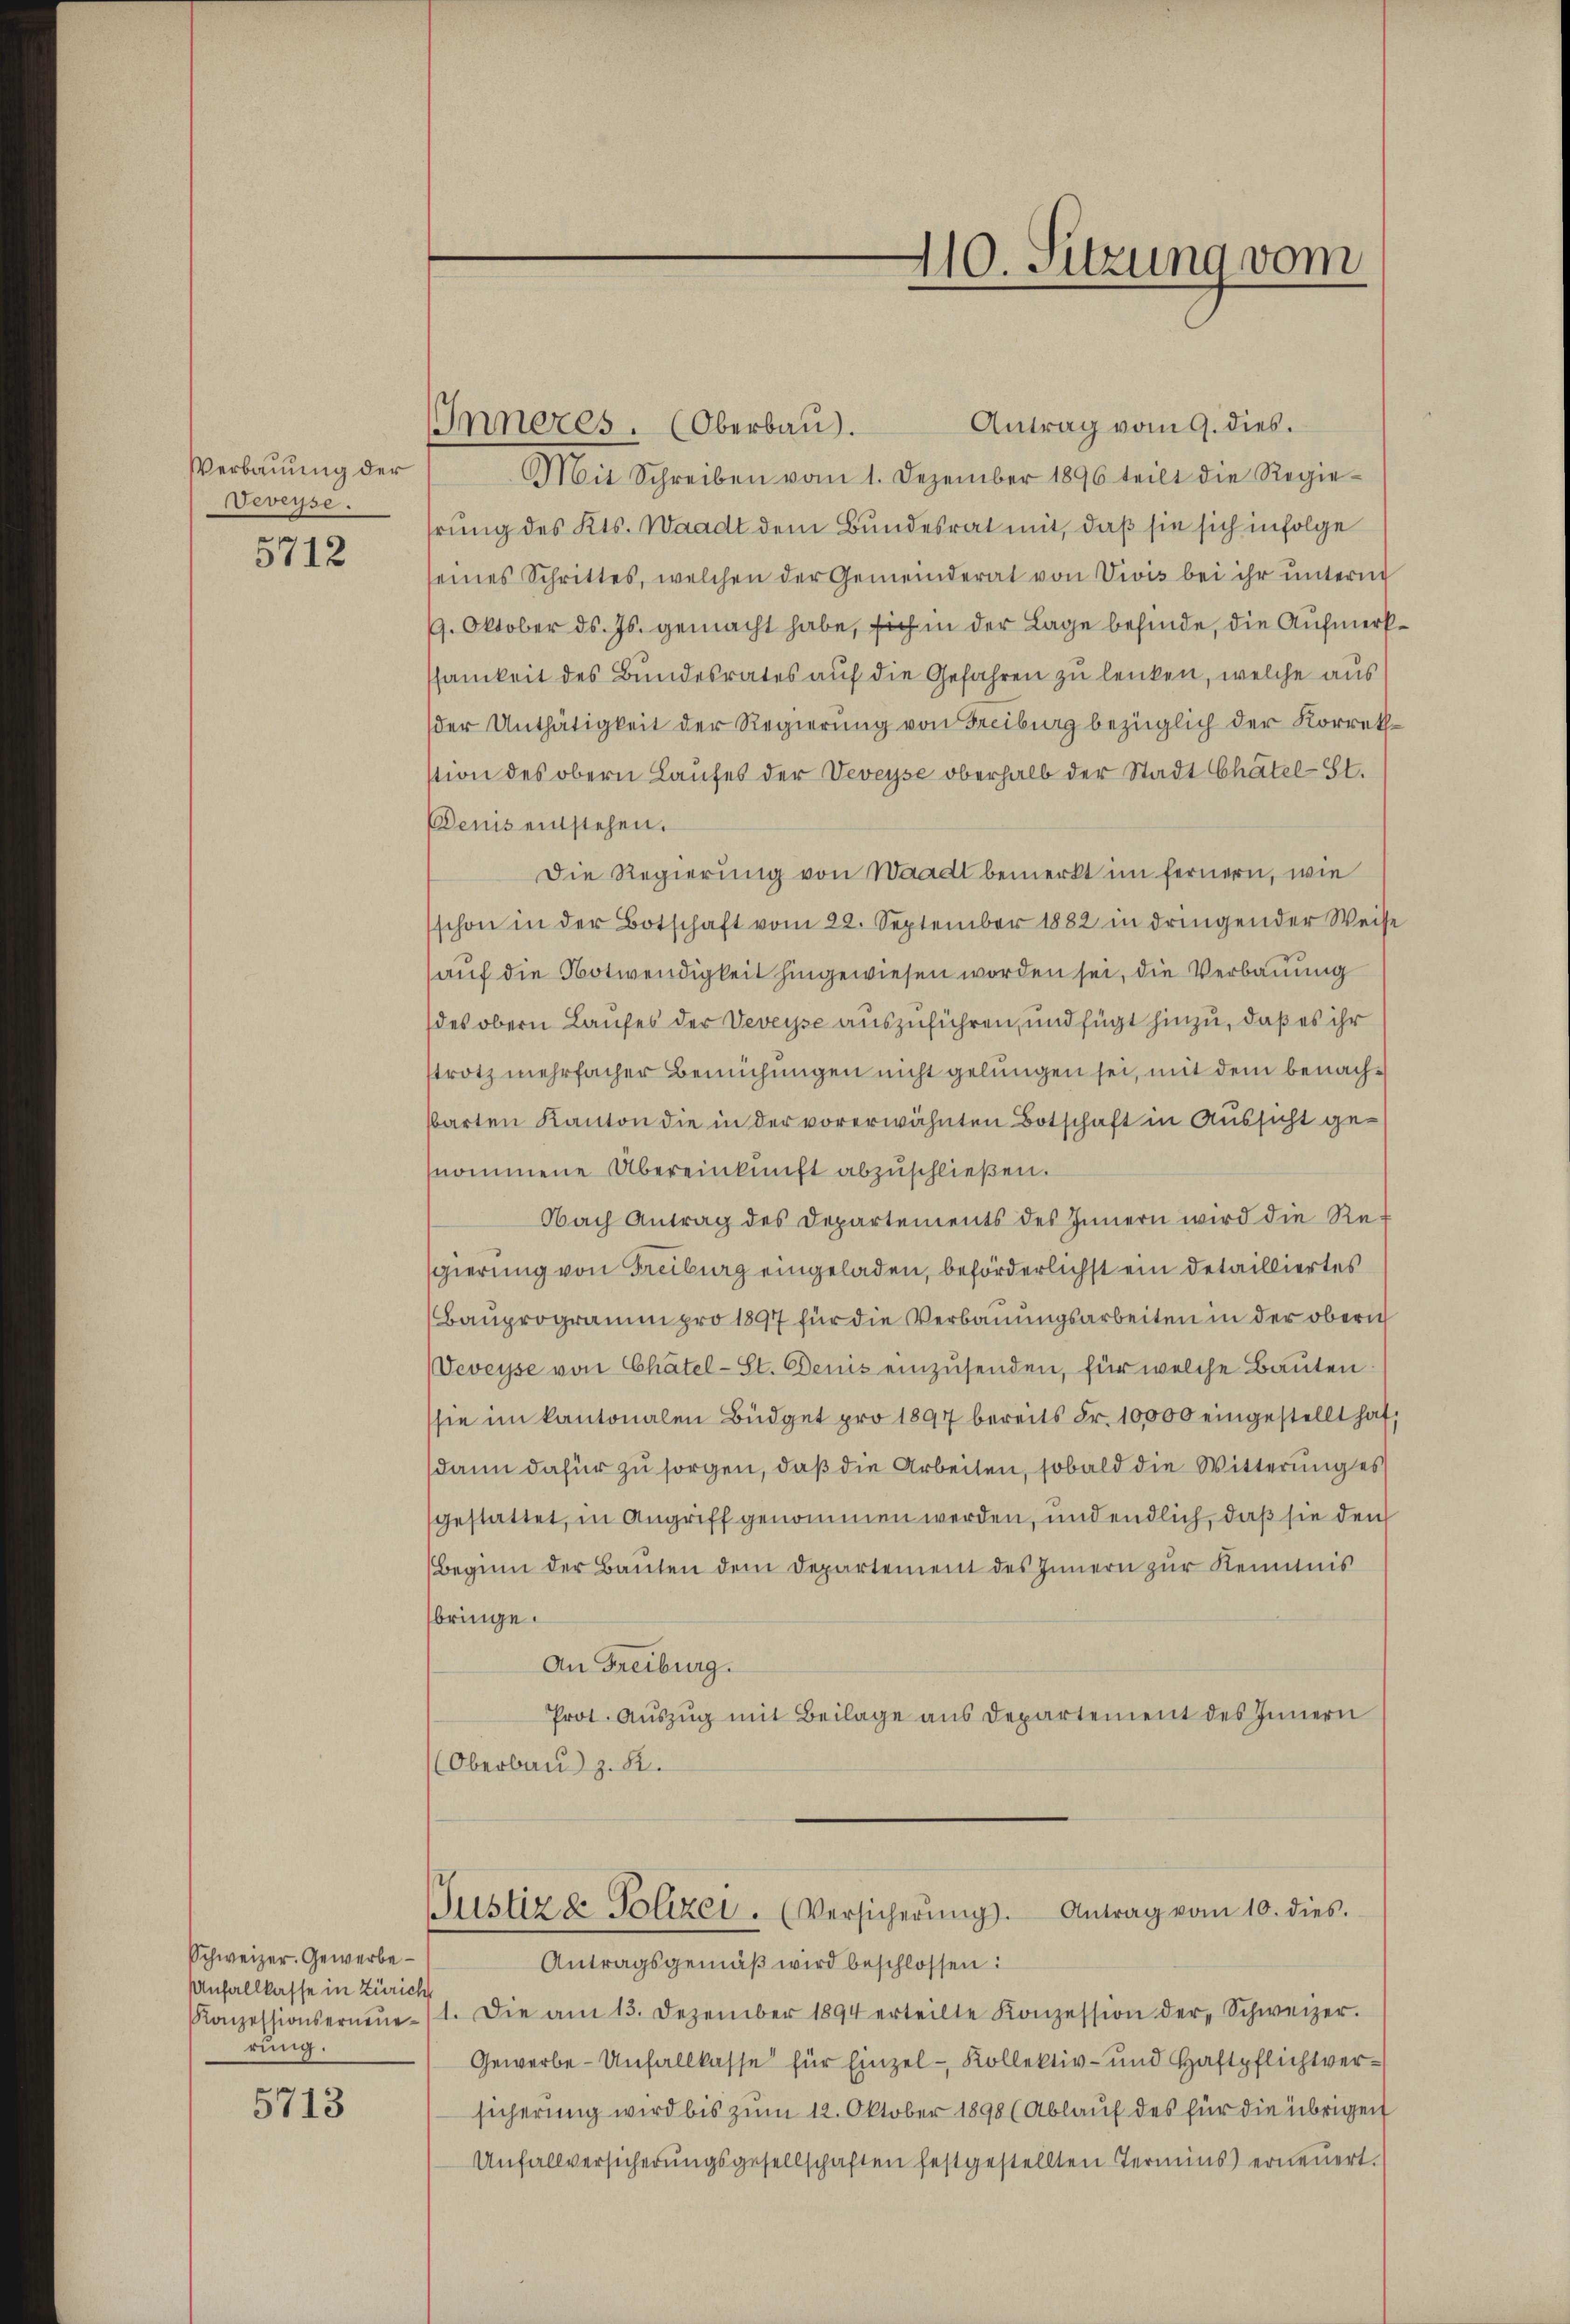
Verbauung der
Veveyse.

5712

5713

Schweizer. Gewerbe¬
Unfallkasse in Zürich
rung.

IInneres. (Oberbau).

Antrag vom 9. dies.
Mit Schreiben vom 1. Dezember 1896 teilt die Regie-
hrung des Kts. Waadt dem Bundesrat mit, daß sie sich infolge
seines Schrittes, welchen der Gemeinderat von Vivis bei ihr ŭnterm
9. Oktober ds. Js. gemacht habe, sich in der Lage befinde, die Aufmerk
ssamkeit des Bundesrates auf die Gefahren zu lenken, welche aus
der Unthätigkeit der Regierung von Freiburg bezüglich der Korrethstion des obern Laufes der Veveyse oberhalb der Stadt Chätel-St.
Denis entstehen.
Die Regierung von Waadt bemerkt im fernern, wie
schon in der Botschaft vom 22. September 1882 in dringender Weise
auf die Notwendigkeit hingewiesen worden sei, die Verbauung
des obern Laufes der Veveyse auszuführen, und fügt hinzu, daß es ihr
strotz mehrfacher Bemühungen nicht gelungen sei, mit dem benachbarten Kanton die in der vorerwähnten Botschaft in Aussicht genommene Übereinkunft abzuschließen.
Nach Antrag des Departements des Innern wird die Re-
sgierung von Freiburg eingeladen, beförderlichst ein detailliertes
(Bauprogramm pro 1897 für die Verbauungsarbeiten in der obern
Veveyse von Chätel-St. Denis einzusenden, für welche Bauten:
sie im kantonalen Büdget pro 1897 bereits Fr. 10,000 eingestellt hat,
dann dafür zu sorgen, daß die Arbeiten, sobald die Witterung es
gestattet, in Angriff genommen werden, und endlich, daß sie den
Beginn der Bauten dem Departement des Innern zur Kenntnis
bringe.
An Freiburg.
Prot. Aŭszŭg mit Beilage ans Departement des Innern
Oberbau z. B.

410. Sitzung vom

Justiz & Polizei. (Versicherŭng. Antrag vom 10. dies.

Antragsgemäß wird beschlossen:
Konzessionserneŭe 11. Die am 13. Dezember 1894 erteilte Konzession der Schweizer.
Gewerbe- Unfallkasse für Einzel-Kollektiv- und Haftpflichtversicherung wird bis zum 12. Oktober 1898 (Ablauf des für die übrigen
Unfallversicherungsgesellschaften festgestellten Termins) erneuert.